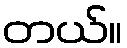
တယ်။